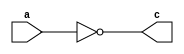
module nand_not(c,a);
input a;
output c;
nand n1(c,a,a);
endmodule